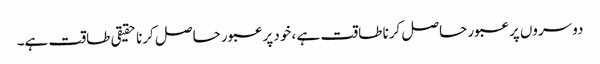
دوسروں پر عبور حاصل کرنا طاقت ہے ، خود پر عبور حاصل کرنا حقیقی طاقت ہے۔